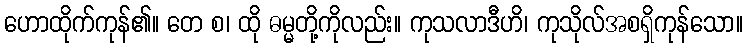
ဟောထိုက်ကုန်၏။ တေ စ၊ ထို ဓမ္မတို့ကိုလည်း။ ကုသလာဒီဟိ၊ ကုသိုလ်အစရှိကုန်သော။